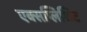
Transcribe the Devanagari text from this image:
एक्सप्लिशिट